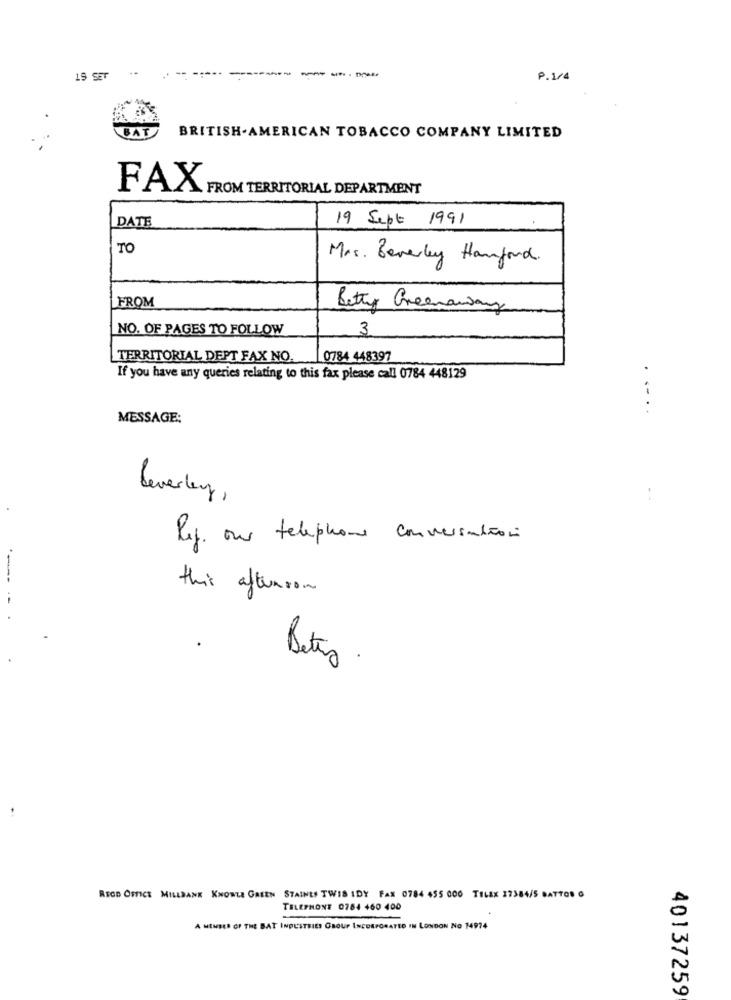
--
----
19 SET
P.1/4
BAT
BRITISH- AMERICAN TOBACCO COMPANY LIMITED
FAX FROM TERRITORIAL DEPARTMENT
19 Sept 1991
DATE
TO
Mrs. Beverley Hanford .
FROM
Betty Greenaway
NO. OF PAGES TO FOLLOW
3
TERRITORIAL DEPT FAX NO.
0784 448397
If you have any queries relating to this fax please call 0784 448129
.....
MESSAGE:
Beverley,
Reg. our telephone conversation
this afterson
Beteg .
RECD OFFICE MILLBANK KNOWLE GREEN STAINES TWIS IDY FAX 0784 455 000 TELEX 17384/5 BATTOR G
TELEPHONE 0784 460 400
A MEMBER OF THE BAT INDUSTRIES GROUP INCORPORATED IN LONDON NO 14974
40137259